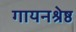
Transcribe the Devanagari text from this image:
गायनश्रेष्ठ